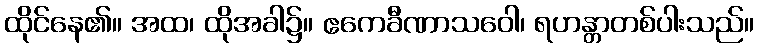
ထိုင်နေ၏။ အထ၊ ထိုအခါ၌။ ဧကေခီဏာသဝေါ၊ ရဟန္တာတစ်ပါးသည်။